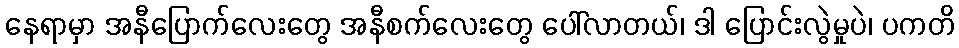
နေရာမှာ အနီပြောက်လေးတွေ အနီစက်လေးတွေ ပေါ်လာတယ်၊ ဒါ ပြောင်းလွဲမှုပဲ၊ ပကတိ